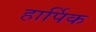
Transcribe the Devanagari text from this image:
हार्पिक